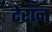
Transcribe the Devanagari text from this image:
टेरान